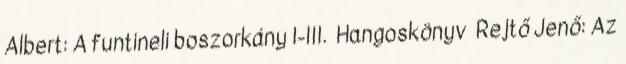
Albert: A funtineli boszorkány I-III. Hangoskönyv Rejtő Jenő: Az